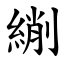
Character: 䌃